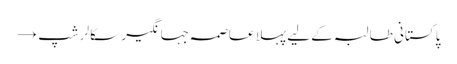
پاکستانی طالبہ کے لیے پہلا عاصمہ جہانگیر سکالرشپ →